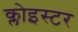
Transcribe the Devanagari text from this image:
क्लोइस्टर